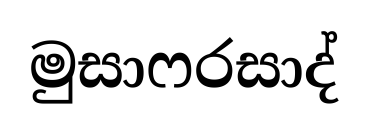
මුසාෆරසාද්